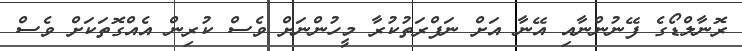
ރޮނާލްޑޯގެ ފޭނުންނާއި އޭނާ އަށް ނަފްރަތުކުރާ މީހުންނަށް ވެސް ކުރިން އެއްގޮތަކަށް ވެސް